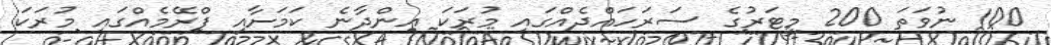
100 ނުވަތަ 200 މީޓަރުގެ ސަރަހައްދެއްގައި މުރަކަ އިންދާނެ ކަމަށާއި ފްރޭމެއްގައި މުރަކަ